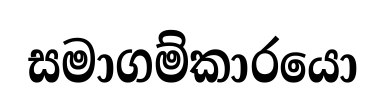
සමාගම්කාරයො